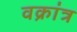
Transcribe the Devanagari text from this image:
वक्रांत्र